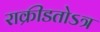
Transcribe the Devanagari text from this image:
राक्रीडतोऽत्र